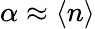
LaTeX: \alpha\approx\langle n\rangle